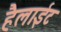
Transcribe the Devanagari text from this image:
हैलाईट